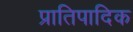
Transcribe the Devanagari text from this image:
प्रातिपादिक